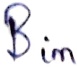
Text: Bin